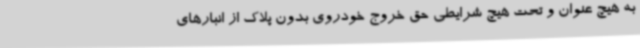
به هیچ عنوان و تحت هیچ شرایطی حق خروج خودروی بدون پلاک از انبارهای